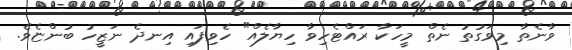
ވާނެތާ މިވަގުތު ނެތް މީހަކާ ރައްޓެހިވާ ހިޔާލެއް" ހެވިފައި އިނދެ ނަޒީހު ބުންޏެވެ.